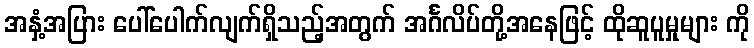
အနှံ့အပြား ပေါ်ပေါက်လျက်ရှိသည့်အတွက် အင်္ဂလိပ်တို့အနေဖြင့် ထိုဆူပူမှုများ ကို